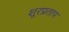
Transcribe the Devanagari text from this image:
शूरप्रताप